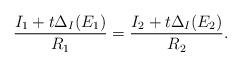
LaTeX: \begin{align*}\frac{I_1+t \Delta_I(E_1)}{R_1}=\frac{I_2+t \Delta_I(E_2)}{R_2}. \end{align*}